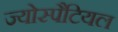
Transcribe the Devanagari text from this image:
ज्योस्पैटियल